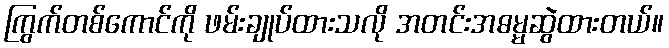
ကြွက်တစ်ကောင်ကို ဖမ်းချုပ်ထားသလို အတင်းအဓမ္မဆွဲထားတယ်။